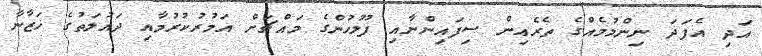
އަދި އެފަދަ ނިންމުމެއްގެ ތެރެއިން ސިފައިންނާއި ފުލުހުންގެ މައްޗަށް އަމުރުކުރުމާއި ދައުލަތުގެ ޚަޒާނާ